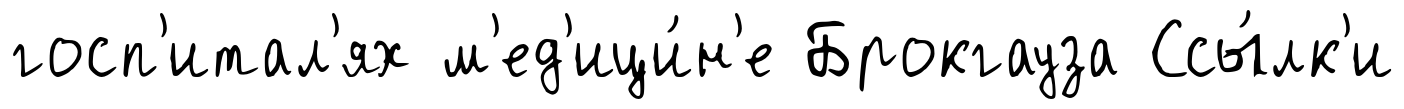
госп'итал'ях м'ед'ици́н'е Брокгауза Ссы́лк'и